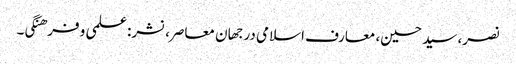
نصر، سید حسین، معارف اسلامی در جهان معاصر، نشر: علمی و فرهنگی۔